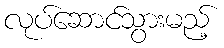
လုပ်ဆောင်သွားမည့်